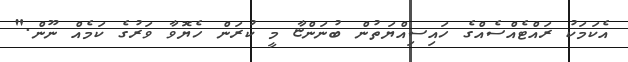
އެކަމަކު ރައްޓެއްސެއްގެ ހައިސިއްޔަތުން ބުނަންޏާ މީ ކުރަން ހެޔޮވާ ވަރުގެ ކަމެއް ނޫން."